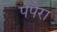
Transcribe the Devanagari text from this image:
पपैरा